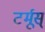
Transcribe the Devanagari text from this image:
टर्मूस्